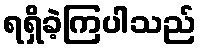
ရရှိခဲ့ကြပါသည်